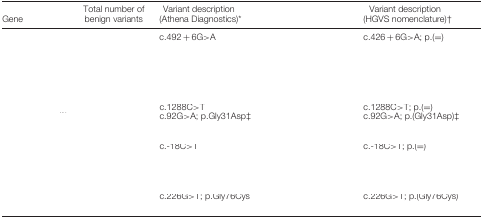
<table><thead><tr><td><b>Gene</b></td><td><b>Total number of benign variants</b></td><td><b>Variant description (Athena Diagnostics)*</b></td><td><b>Variant description (HGVS nomenclature)†</b></td></tr></thead><tbody><tr><td rowspan="7">[EMPTY_CELL]</td><td rowspan="7">[EMPTY_CELL]</td><td>c.492 + 6G&gt;A</td><td>c.426 + 6G&gt;A; p.(=)</td></tr><tr><td>[EMPTY_CELL]</td><td>[EMPTY_CELL]</td></tr><tr><td>[EMPTY_CELL]</td><td>[EMPTY_CELL]</td></tr><tr><td>[EMPTY_CELL]</td><td>[EMPTY_CELL]</td></tr><tr><td>[EMPTY_CELL]</td><td>[EMPTY_CELL]</td></tr><tr><td>[EMPTY_CELL]</td><td>[EMPTY_CELL]</td></tr><tr><td>[EMPTY_CELL]</td><td>[EMPTY_CELL]</td></tr><tr><td>[EMPTY_CELL]</td><td>[EMPTY_CELL]</td><td>c.1288C&gt;T</td><td>c.1288C&gt;T; p.(=)</td></tr><tr><td rowspan="3">[EMPTY_CELL]</td><td rowspan="3">[EMPTY_CELL]</td><td>c.92G&gt;A; p.Gly31Asp‡</td><td>c.92G&gt;A; p.(Gly31Asp)‡</td></tr><tr><td>[EMPTY_CELL]</td><td>[EMPTY_CELL]</td></tr><tr><td>[EMPTY_CELL]</td><td>[EMPTY_CELL]</td></tr><tr><td rowspan="5">[EMPTY_CELL]</td><td rowspan="5">[EMPTY_CELL]</td><td>c.‐18C&gt;T</td><td>c.‐18C&gt;T; p.(=)</td></tr><tr><td>[EMPTY_CELL]</td><td>[EMPTY_CELL]</td></tr><tr><td>[EMPTY_CELL]</td><td>[EMPTY_CELL]</td></tr><tr><td>[EMPTY_CELL]</td><td>[EMPTY_CELL]</td></tr><tr><td>[EMPTY_CELL]</td><td>[EMPTY_CELL]</td></tr><tr><td rowspan="2">[EMPTY_CELL]</td><td rowspan="2">[EMPTY_CELL]</td><td>c.226G&gt;T; p.Gly76Cys</td><td>c.226G&gt;T; p.(Gly76Cys)</td></tr><tr><td>[EMPTY_CELL]</td><td>[EMPTY_CELL]</td></tr></tbody></table>